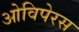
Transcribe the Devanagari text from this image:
ओविपेरस